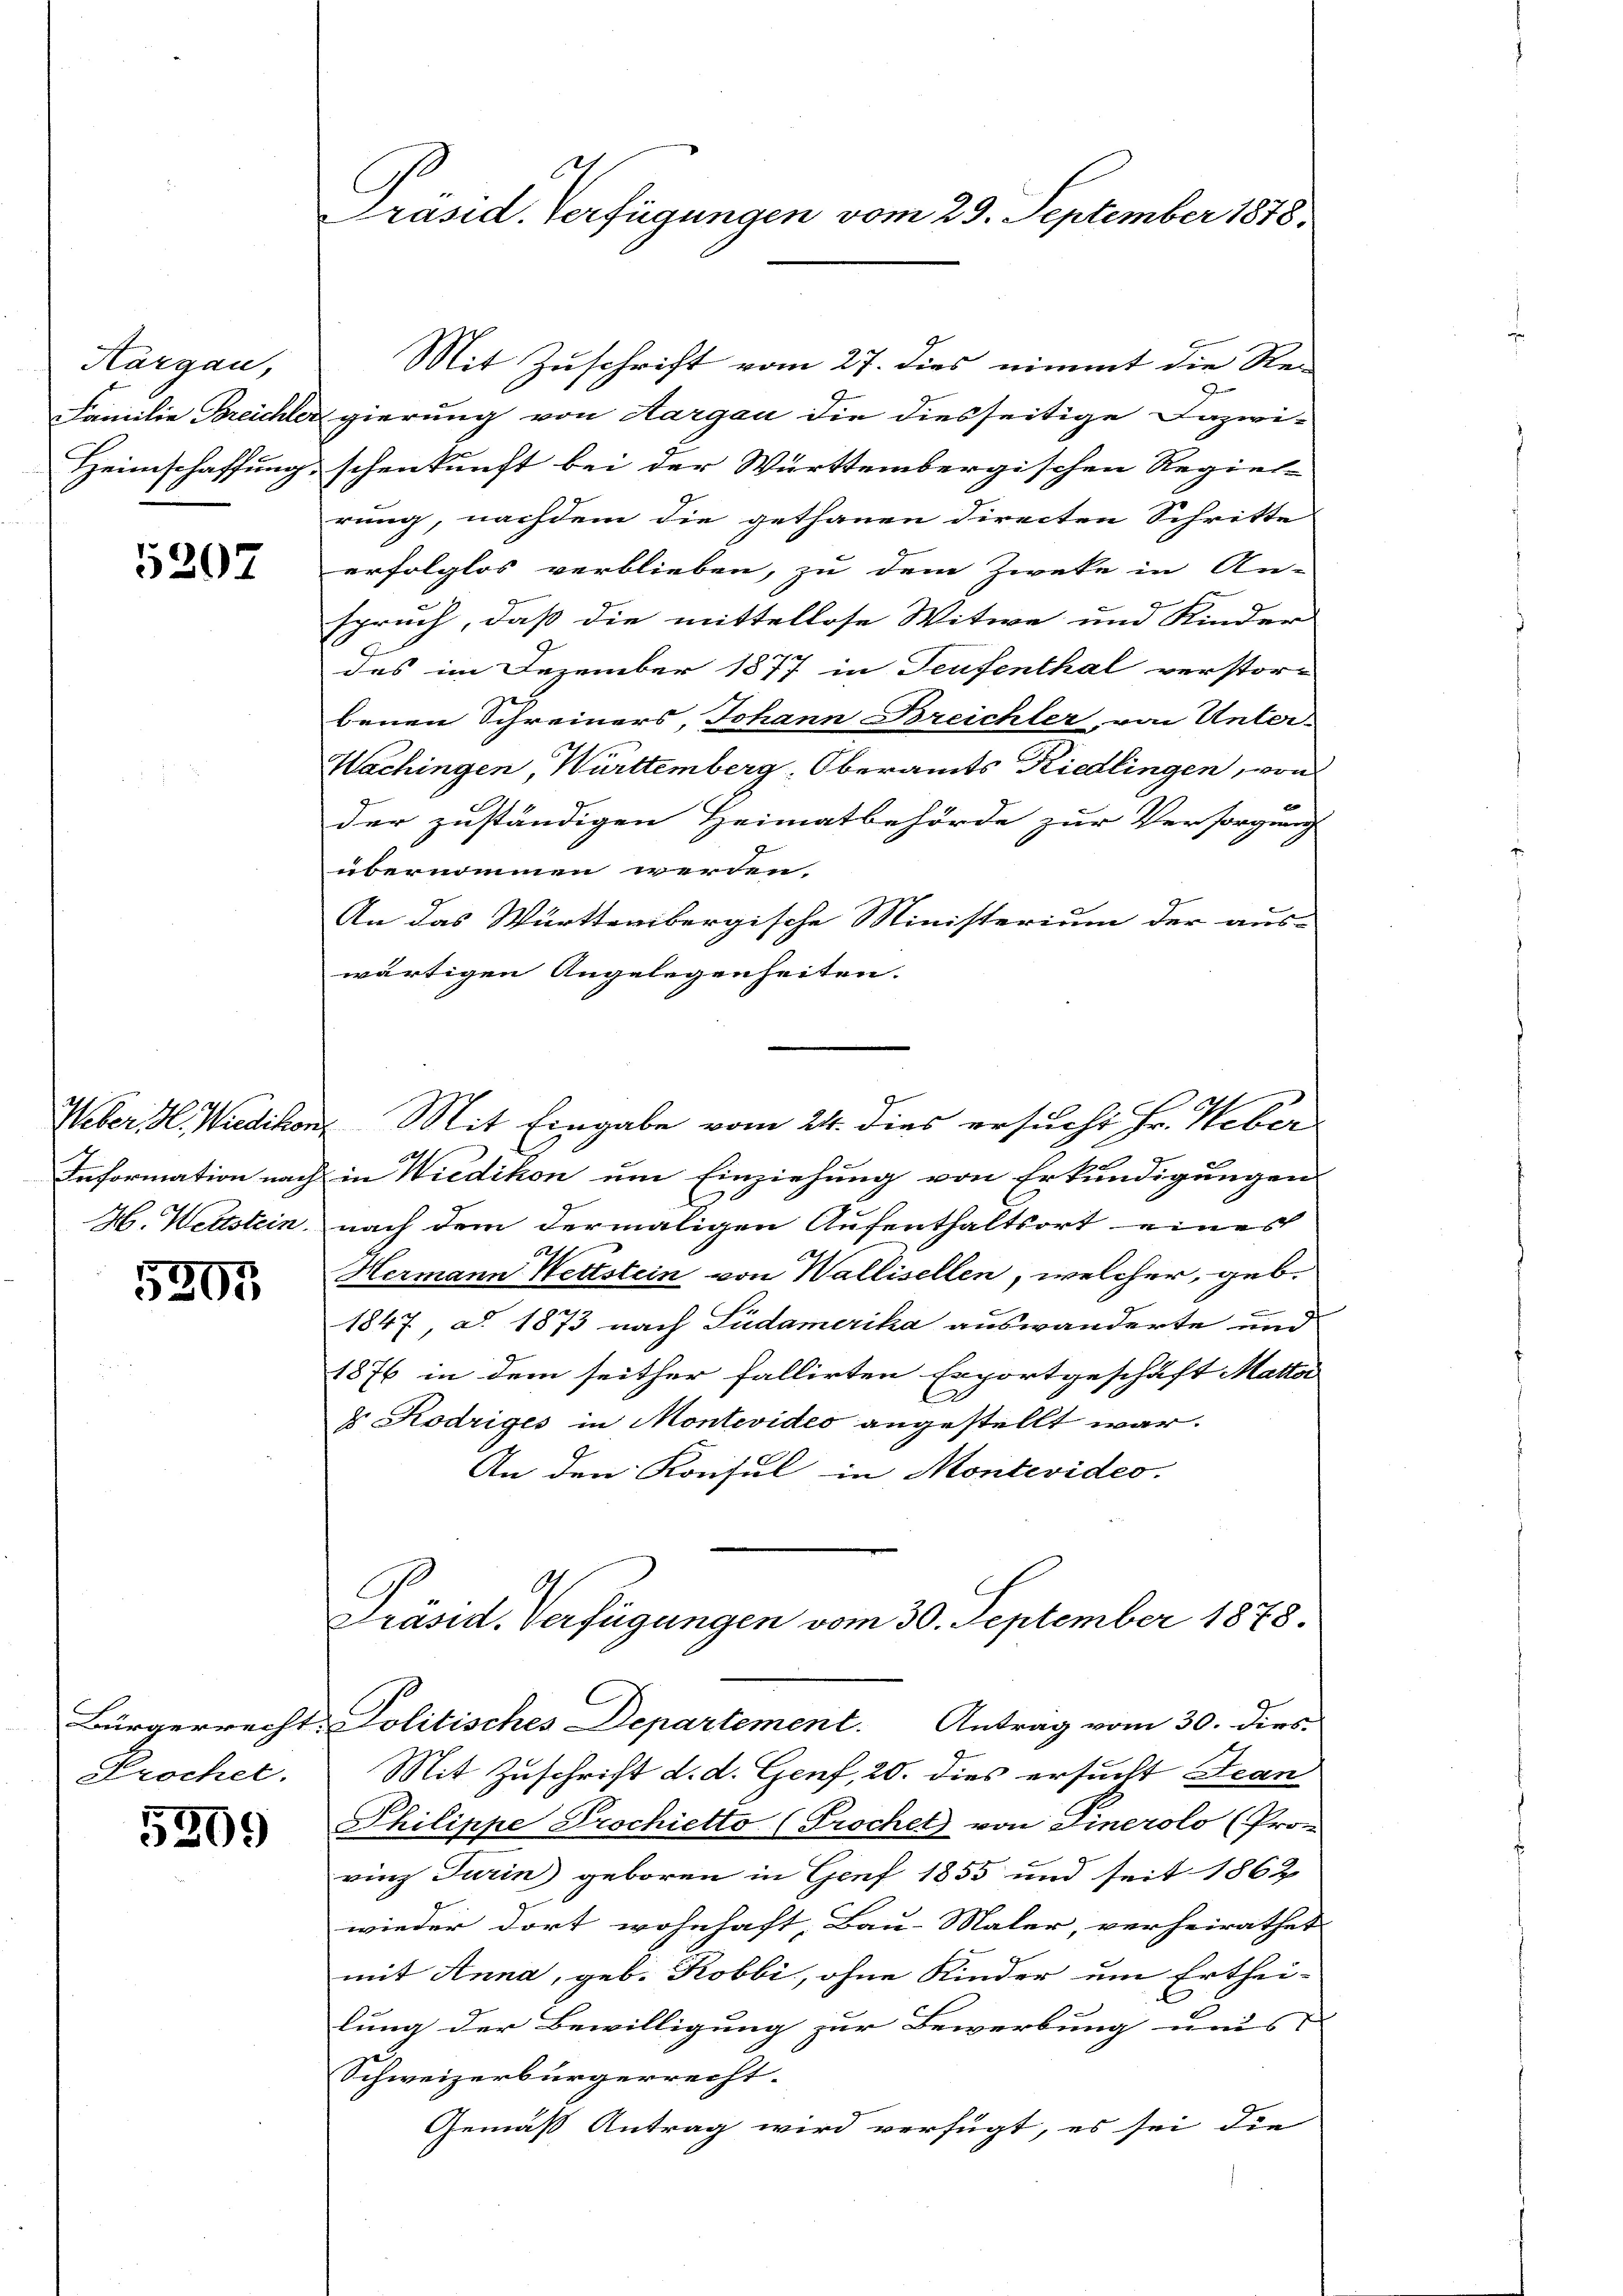
Kargau,
Familie Bereichte
Heimschaffung.

5207

5503

Frochel.

5309

Präsid. Verfügungen vom 29. September 1878.

Mit Zuschrift vom 27. dies nimmt die Re-
G
Regierung von Aargau die diesseitige Dazwi-
schenkunft bei der Württembergischen Regiel-
rung, nachdem die gethanen directen Schritte
erfolglos verblieben, zu dem Zweke in An-
spruch, daß die mittellose Witwe und Kinder
des im Dezember 1877 in Teufenthal verstorbenen Schreiners, Johann Breichter, von Unter-
Wachingen, Württemberg, Oberamts Riedlingen, von
f
der zuständigen Heimatbehörde zur Versorgung
übernommen werden,
An das Württembergische Ministerium der aus-
wärtigen Angelegenheiten.
Weber H. Wiedikon, Mit Eingabe vom 24. dies ersucht Hr. Heber
Information nach in Wiedikon um Einziehung von Erkundigungen
H. Wettstein, nach dem dermaligen Aufenthaltsort eines
Hermann Wettstein von Wallisellen, welcher, geb.
1847, a. 1873 nach Südamerika auswanderte und
1876 in dem seither fallirten Exportgeschäft Matta
& Rodriges in Montevides angestellt war.
An den Konsul in Montevideo.
Präsid. Verfügungen vom 30. September 1878.
Bürgerrecht. Politisches Departement. Antrag vom 30. Dies
Mit Zuschrift d. d. Genf, 20. dies ersucht Jean
Philippe Prochietto (Prochet von Sinerolo (Pron
vinz Turin geboren in Genf 1855 und seit 1862
wieder dort wohnhaft, Bau-Maler, verheirathet
mit Anna, geb. Robbi, ohne Kinder um Erthei-
lung der Bewilligung zur Bewerbung uns |
Schweizerbürgerrecht.
Gemäß Antrag wird verfügt, es sei die
s